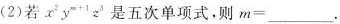
(2)若x^{2} y^{m+1} z^{3}是五次单项式，则$$m =2_{m}+2_{n} _$$。